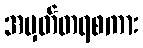
အမှတ်တရစကား